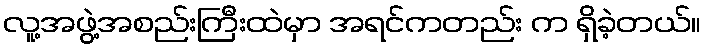
လူ့အဖွဲ့အစည်းကြီးထဲမှာ အရင်ကတည်း က ရှိခဲ့တယ်။